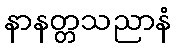
နာနတ္တသညာနံ